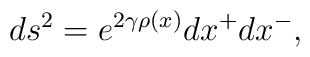
ds^{2}= e^{2\gamma\rho(x)} dx^{+}dx^{-},